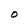
Character: O